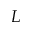
L